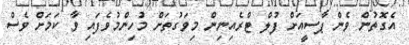
އެގޮތުން ވެން ޕާސީއަށް ފުލް ޓްރެއިނިން މިވަގުތަށް މުހިންމުވެފައި ވާ ކަމަށް ވެސް